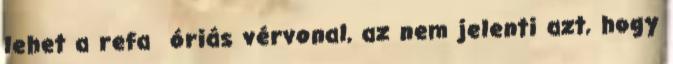
lehet a refa óriás vérvonal, az nem jelenti azt, hogy